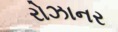
રોઝાનર